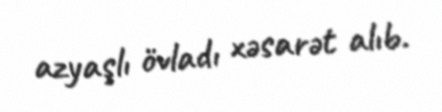
azyaşlı övladı xəsarət alıb.